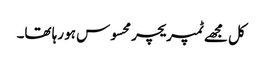
کل مجھے ٹمپریچر محسوس ہو رہا تھا۔